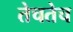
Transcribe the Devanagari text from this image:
तेचतेच